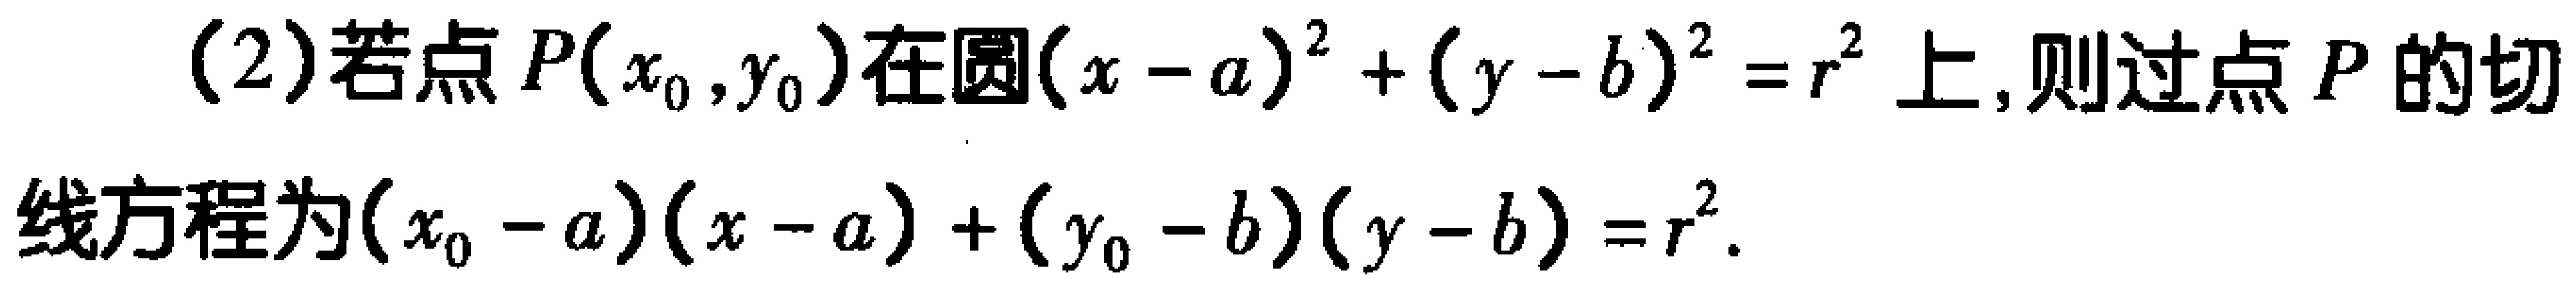
(2)若点\(P(x_{0},y_{0})\)在圆\((x - a)^{2}+(y - b)^{2}=r^{2}\)上,则过点\(P\)的切线方程为\((x_{0} - a)(x - a)+(y_{0} - b)(y - b)=r^{2}\).